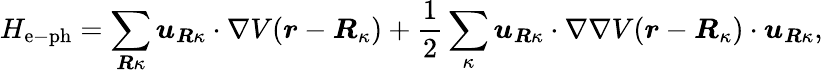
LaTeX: H_{\mathrm{e-ph}}=\sum_{\boldsymbol{R}\kappa}\boldsymbol{u}_{\boldsymbol{R}\kappa}\cdot\nabla V(\boldsymbol{r}-\boldsymbol{R}_{\kappa})+\frac{1}{2}\sum_{\kappa}\boldsymbol{u}_{\boldsymbol{R}\kappa}\cdot\nabla\nabla V(\boldsymbol{r}-\boldsymbol{R}_{\kappa})\cdot\boldsymbol{u}_{\boldsymbol{R}\kappa},